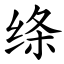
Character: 绦